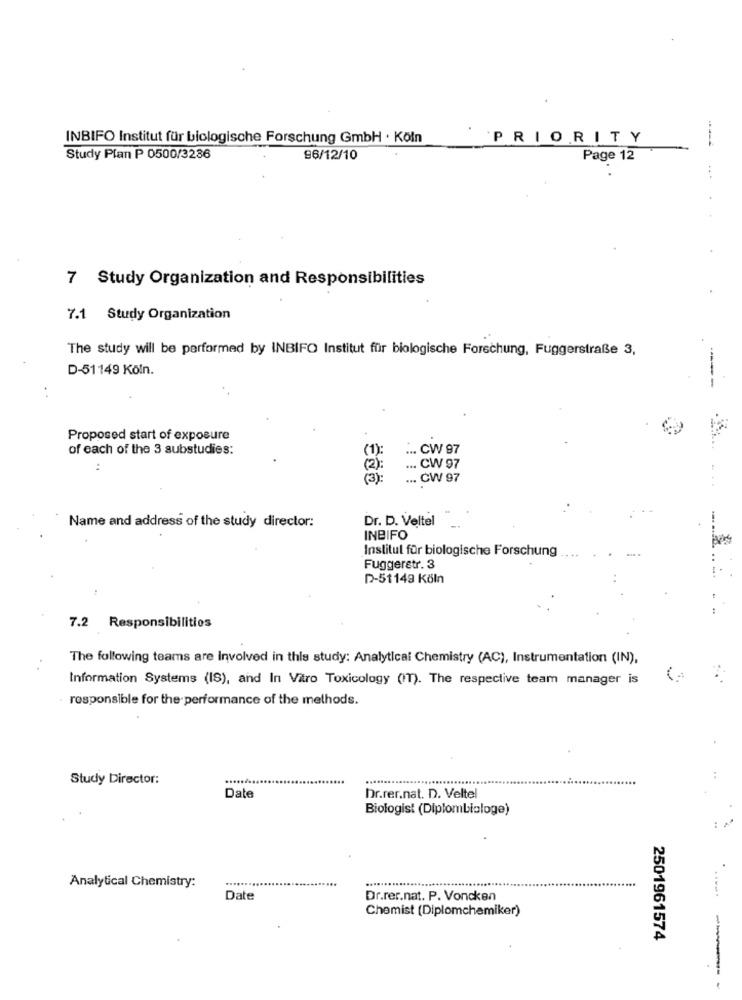
.
INBIFO Institut für biologische Forschung GmbH . Köln
PRIORITY
Study Plan P 0500/3286
96/12/10
Page 12
...
7 Study Organization and Responsibilities
7.1 Study Organization
The study will be performed by INBIFO Institut für biologische Forschung, Fuggerstraße 3,
D-51149 Köln.
Proposed start of exposure
of each of the 3 substudies:
(1):
.. CW 97
(2)
... CW 97
(3):
... CW 97
Dr. D. Veltel
-
Name and address of the study director:
INBIFO
Institut für biologische Forschung ....
Fuggeretr. 3
D-51149 Köln
7.2 Responsibilities
The following teams are Involved in this study: Analytical Chemistry (AC), Instrumentation (IN),
Information Systems (IS), and In Vitro Toxicology (IT). The respective team manager is
responsible for the performance of the methods.
Study Director:
Date
Dr.rer.nat. D. Veltel
Biologist (Diplombialoge)
.........
Analytical Chemistry:
...............................
Date
Dr.rer.nat. P. Voncken
Chemist (Diplomchemiker)
2501961574
---